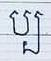
ប្ប